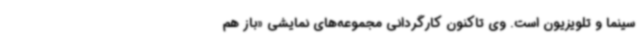
سینما و تلویزیون است. وی تاکنون کارگردانی مجموعه‌های نمایشی «باز هم